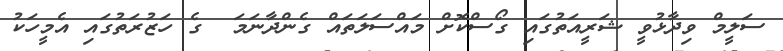
ސަލީމް ވިދާޅުވީ ޝަރީއަތުގައި ގޯސްކޮށް މައްސަލަތައް ގެންދާނަމަ  ގެ ހަޒުރަތުގައި އެމީހަކު